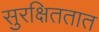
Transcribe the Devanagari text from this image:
सुरक्षिततात